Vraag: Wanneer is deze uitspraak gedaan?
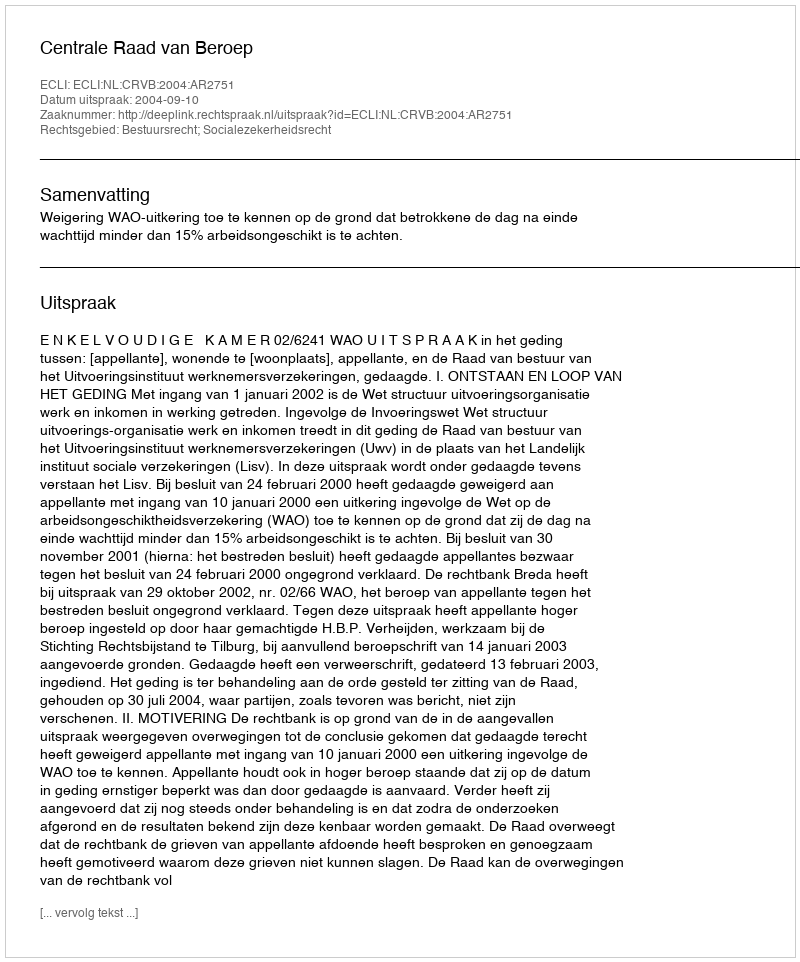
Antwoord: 2004-09-10